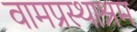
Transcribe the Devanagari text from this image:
वामप्रस्थाश्रम